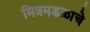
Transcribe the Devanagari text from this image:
मित्रमडळाचे